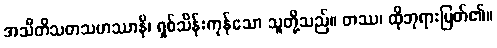
အသီတိသတသဟဿာနိ၊ ရှစ်သိန်းကုန်သော သူတို့သည်။ တဿ၊ ထိုဘုရားမြတ်၏။